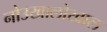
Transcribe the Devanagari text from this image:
नोउखालोखाल